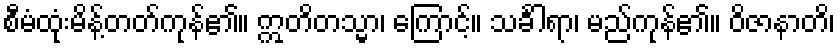
စီမံထုံးမိန့်တတ်ကုန်၏။ ဣတိတသ္မာ၊ ကြောင့်။ သင်္ခါရာ၊ မည်ကုန်၏။ ဝိဇာနာတိ၊